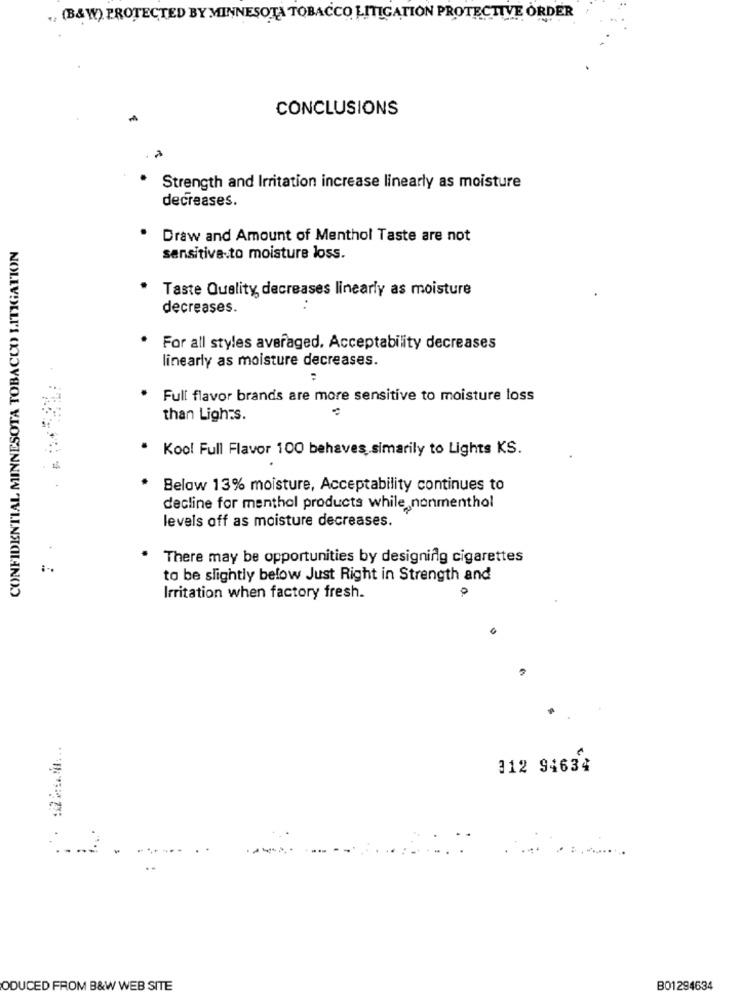
. (B& W) PROTECTED BY MINNESOTA TOBACCO LITIGATION PROTECTIVE ORDER
CONCLUSIONS
Strength and Irritation increase linearly as moisture
decreases.
CONFIDENTIAL MINNESOTA TOBACCO LITIGATION
Draw and Amount of Menthol Taste are not
sensitive.to moisture loss.
Taste Quality, decreases linearly as moisture
decreases.
For all styles averaged, Acceptability decreases
linearly as moisture decreases.
:
Full flavor brands are more sensitive to moisture loss
than Lights.
Kool Full Flavor 100 behaves.simarily to Lights KS.
Below 13% moisture, Acceptability continues to
decline for menthol products while nonmenthol
levels off as moisture decreases.
There may be opportunities by designiflg cigarettes
to be slightly below Just Right in Strength and
Irritation when factory fresh.
312 94634
ODUCED FROM B&W WEB SITE
B01294634